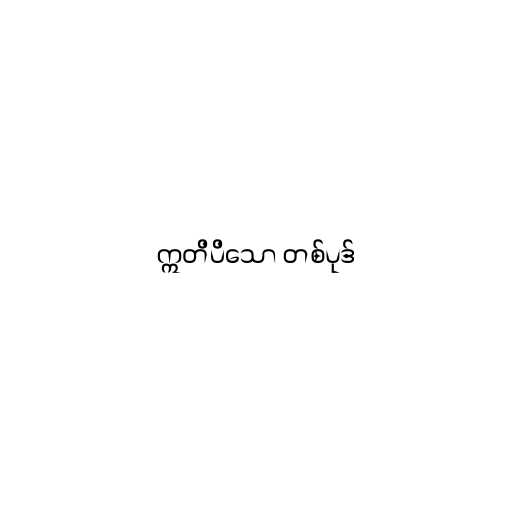
ဣတိပိသော တစ်ပုဒ်